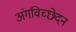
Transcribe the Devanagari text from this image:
अंगविच्छेदन